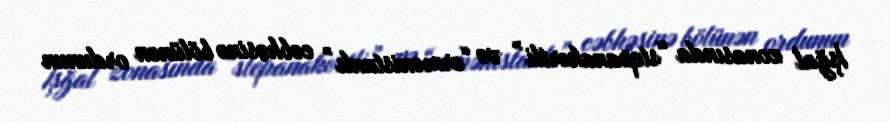
İşğal zonasında “stepanakertli” və “ermənistanlı” cəbhəsinə bölünən ordunun